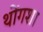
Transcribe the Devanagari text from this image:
थोंगशा